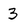
Character: 3